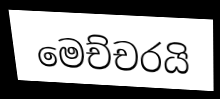
මෙච්චරයි